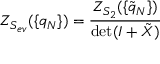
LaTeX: Z _ { S _ { e v } } ( \{ q _ { N } \} ) = \frac { Z _ { S _ { 2 } } ( \{ \tilde { q } _ { N } \} ) } { \operatorname * { d e t } ( I + \tilde { X } ) }